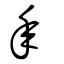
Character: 年